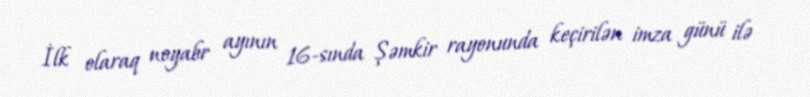
İlk olaraq noyabr ayının 16-sında Şəmkir rayonunda keçirilən imza günü ilə